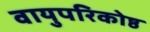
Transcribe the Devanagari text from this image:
वायुपरिकोष्ठ